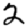
Digit: 2